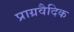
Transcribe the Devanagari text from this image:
प्राग्रवैदिक